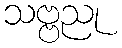
သဗ္ဗညု